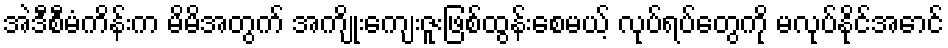
အဲဒီစီမံကိန်းက မိမိအတွက် အကျိုးကျေးဇူးဖြစ်ထွန်းစေမယ့် လုပ်ရပ်တွေကို မလုပ်နိုင်အောင်